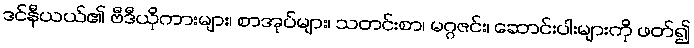
ဒင်နီယယ်၏ ဗီဒီယိုကားများ၊ စာအုပ်များ၊ သတင်းစာ၊ မဂ္ဂဇင်း၊ ဆောင်းပါးများကို ဖတ်၍